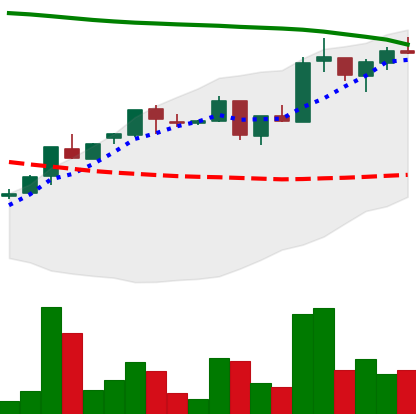
Ticker: ADA-USD
Chart end date: 2018-05-03
Forward return: -11.186%
Label: down_7plus